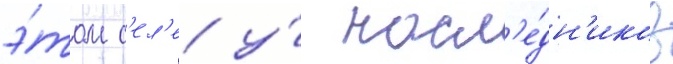
э́том с'ел'е у́ насл'е́дн'иков